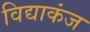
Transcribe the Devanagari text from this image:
विद्याकंज